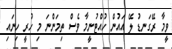
ވީމާ ރޭގަނޑު ލޭ އައުން ހުއްޓުނީމާ ވެސް ތިމަންނަ މި ހުރީ ހިނައި